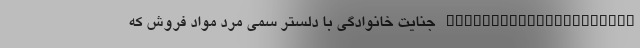
_____________________ جنایت خانوادگی با دلستر سمی مرد مواد فروش که